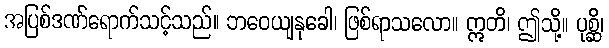
အပြစ်ဒဏ်ရောက်သင့်သည်။ ဘဝေယျနုခေါ၊ ဖြစ်ရာသလော။ ဣတိ၊ ဤသို့။ ပုစ္ဆိ၊